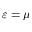
\varepsilon = \mu